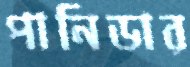
পানিডার